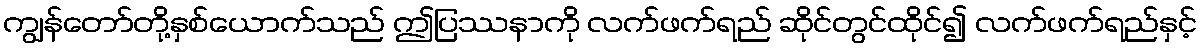
ကျွန်တော်တို့နှစ်ယောက်သည် ဤပြဿနာကို လက်ဖက်ရည် ဆိုင်တွင်ထိုင်၍ လက်ဖက်ရည်နှင့်